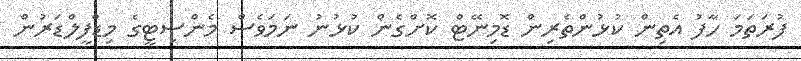
ފުރަތަމަ ހާފު އެތިން ކުޅުންތެރިން ޑޮމިނޭޓް ކޮށްގެން ކުޅުނު ނަމަވެސް މެންސިޓީގެ މިޑްފީލްޑަރުން